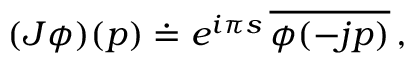
( J \phi ) ( p ) \doteq e ^ { i \pi s } \, \overline { { { \phi ( - j p ) } } } \, ,